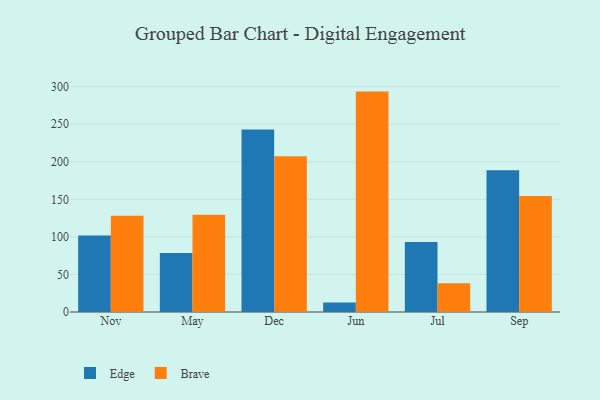
{"axis": {"x": "Month", "y": "Headcount"}, "legend": ["Brave", "Edge"], "data": [{"x": "Nov", "y": 101.8, "type": "Edge"}, {"x": "Nov", "y": 128.1, "type": "Brave"}, {"x": "May", "y": 78.7, "type": "Edge"}, {"x": "May", "y": 129.5, "type": "Brave"}, {"x": "Dec", "y": 242.9, "type": "Edge"}, {"x": "Dec", "y": 207.3, "type": "Brave"}, {"x": "Jun", "y": 12.6, "type": "Edge"}, {"x": "Jun", "y": 293.5, "type": "Brave"}, {"x": "Jul", "y": 93.1, "type": "Edge"}, {"x": "Jul", "y": 38.4, "type": "Brave"}, {"x": "Sep", "y": 188.9, "type": "Edge"}, {"x": "Sep", "y": 154.6, "type": "Brave"}]}